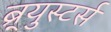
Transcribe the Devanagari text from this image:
ब्र्युस्टर्स